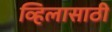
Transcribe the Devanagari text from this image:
व्हिलासाठी